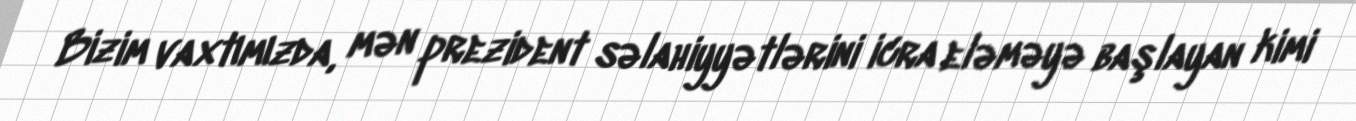
Bizim vaxtımızda, mən prezident səlahiyyətlərini icra eləməyə başlayan kimi